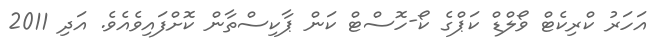
އަހަރު ކްރިކެޓް ވޯލްޑް ކަޕްގެ ކޯ-ހޮސްޓް ކަން ޕާކިސްތާން ކޮށްފައިވެއެވެ. އަދި 2011